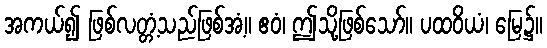
အကယ်၍ ဖြစ်လတ္တံ့သည်ဖြစ်အံ့။ ဧဝံ၊ ဤသို့ဖြစ်သော်။ ပထဝိယံ၊ မြေ၌။